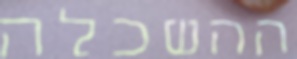
ההשכלה